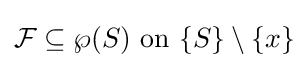
{\mathcal {F}}\subseteq \wp (S){\text{ on }}\{S\}\setminus \{x\}